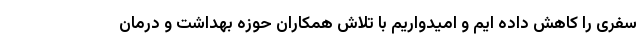
سفری را کاهش داده ایم و امیدواریم با تلاش همکاران حوزه بهداشت و درمان